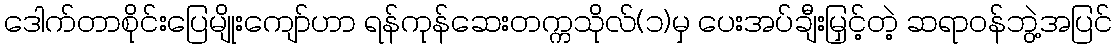
ဒေါက်တာစိုင်းပြေမျိုးကျော်ဟာ ရန်ကုန်ဆေးတက္ကသိုလ်(၁)မှ ပေးအပ်ချီးမြှင့်တဲ့ ဆရာဝန်ဘွဲ့အပြင်